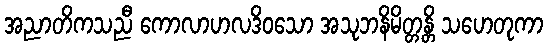
အညာတိကသညီ ကောလာဟလဒိဝသော အသုဘနိမိတ္တန္တိ သဟေတုကာ